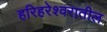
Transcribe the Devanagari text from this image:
हरिहरेश्वरातील